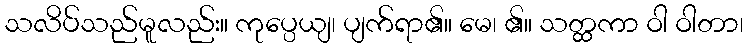
သလိပ်သည်မူလည်း။ ကုပ္ပေယျ၊ ပျက်ရာ၏။ မေ၊ ၏။ သတ္ထကာ ဝါ ဝါတာ၊